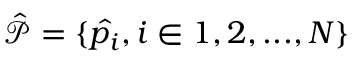
\mathcal { \hat { P } } = \{ \hat { p _ { i } } , i \in 1 , 2 , . . . , N \}